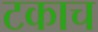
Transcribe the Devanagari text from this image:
टकाच